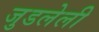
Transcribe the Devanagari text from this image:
जुडलेली